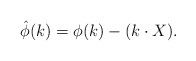
\begin{align*}{\hat \phi}(k) = \phi(k) - (k\cdot X). \end{align*}